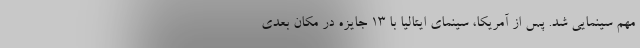
مهم سینمایی شد. پس از آمریکا، سینمای ایتالیا با ۱۳ جایزه در مکان بعدی